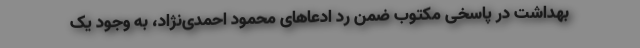
بهداشت در پاسخی مکتوب ضمن رد ادعاهای محمود احمدی‌نژاد، به وجود یک